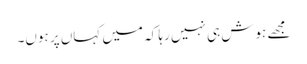
مجھے ہوش ہی نہیں رہا کہ میں کہاں پر ہوں۔